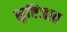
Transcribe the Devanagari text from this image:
सृष्टिजात